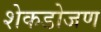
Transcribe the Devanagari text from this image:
शेकडोजण